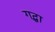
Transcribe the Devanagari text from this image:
गद्धा